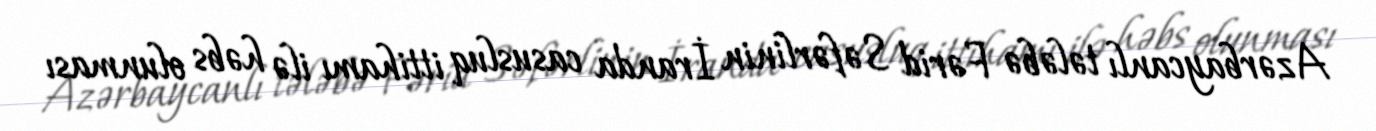
Azərbaycanlı tələbə Fərid Səfərlinin İranda casusluq ittihamı ilə həbs olunması